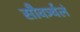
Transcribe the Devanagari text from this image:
सौवर्ञ्चलं